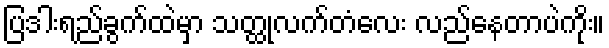
ပြဒါးရည်ခွက်ထဲမှာ သတ္ထုလက်တံလေး လည်နေတာပဲကိုး။